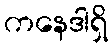
ကနေဒါရှိ